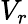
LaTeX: V_{r}